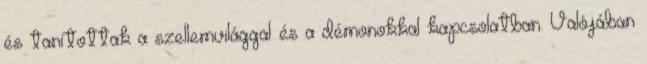
és tanítottak a szellemvilággal és a démonokkal kapcsolatban. Valójában